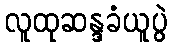
လူထုဆန္ဒခံယူပွဲ